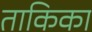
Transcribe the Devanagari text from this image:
ताकिका